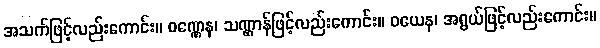
အသက်ဖြင့်လည်းကောင်း။ ဝဏ္ဏေန၊ သဏ္ဌာန်ဖြင့်လည်းကောင်း။ ဝယေန၊ အရွယ်ဖြင့်လည်းကောင်း။